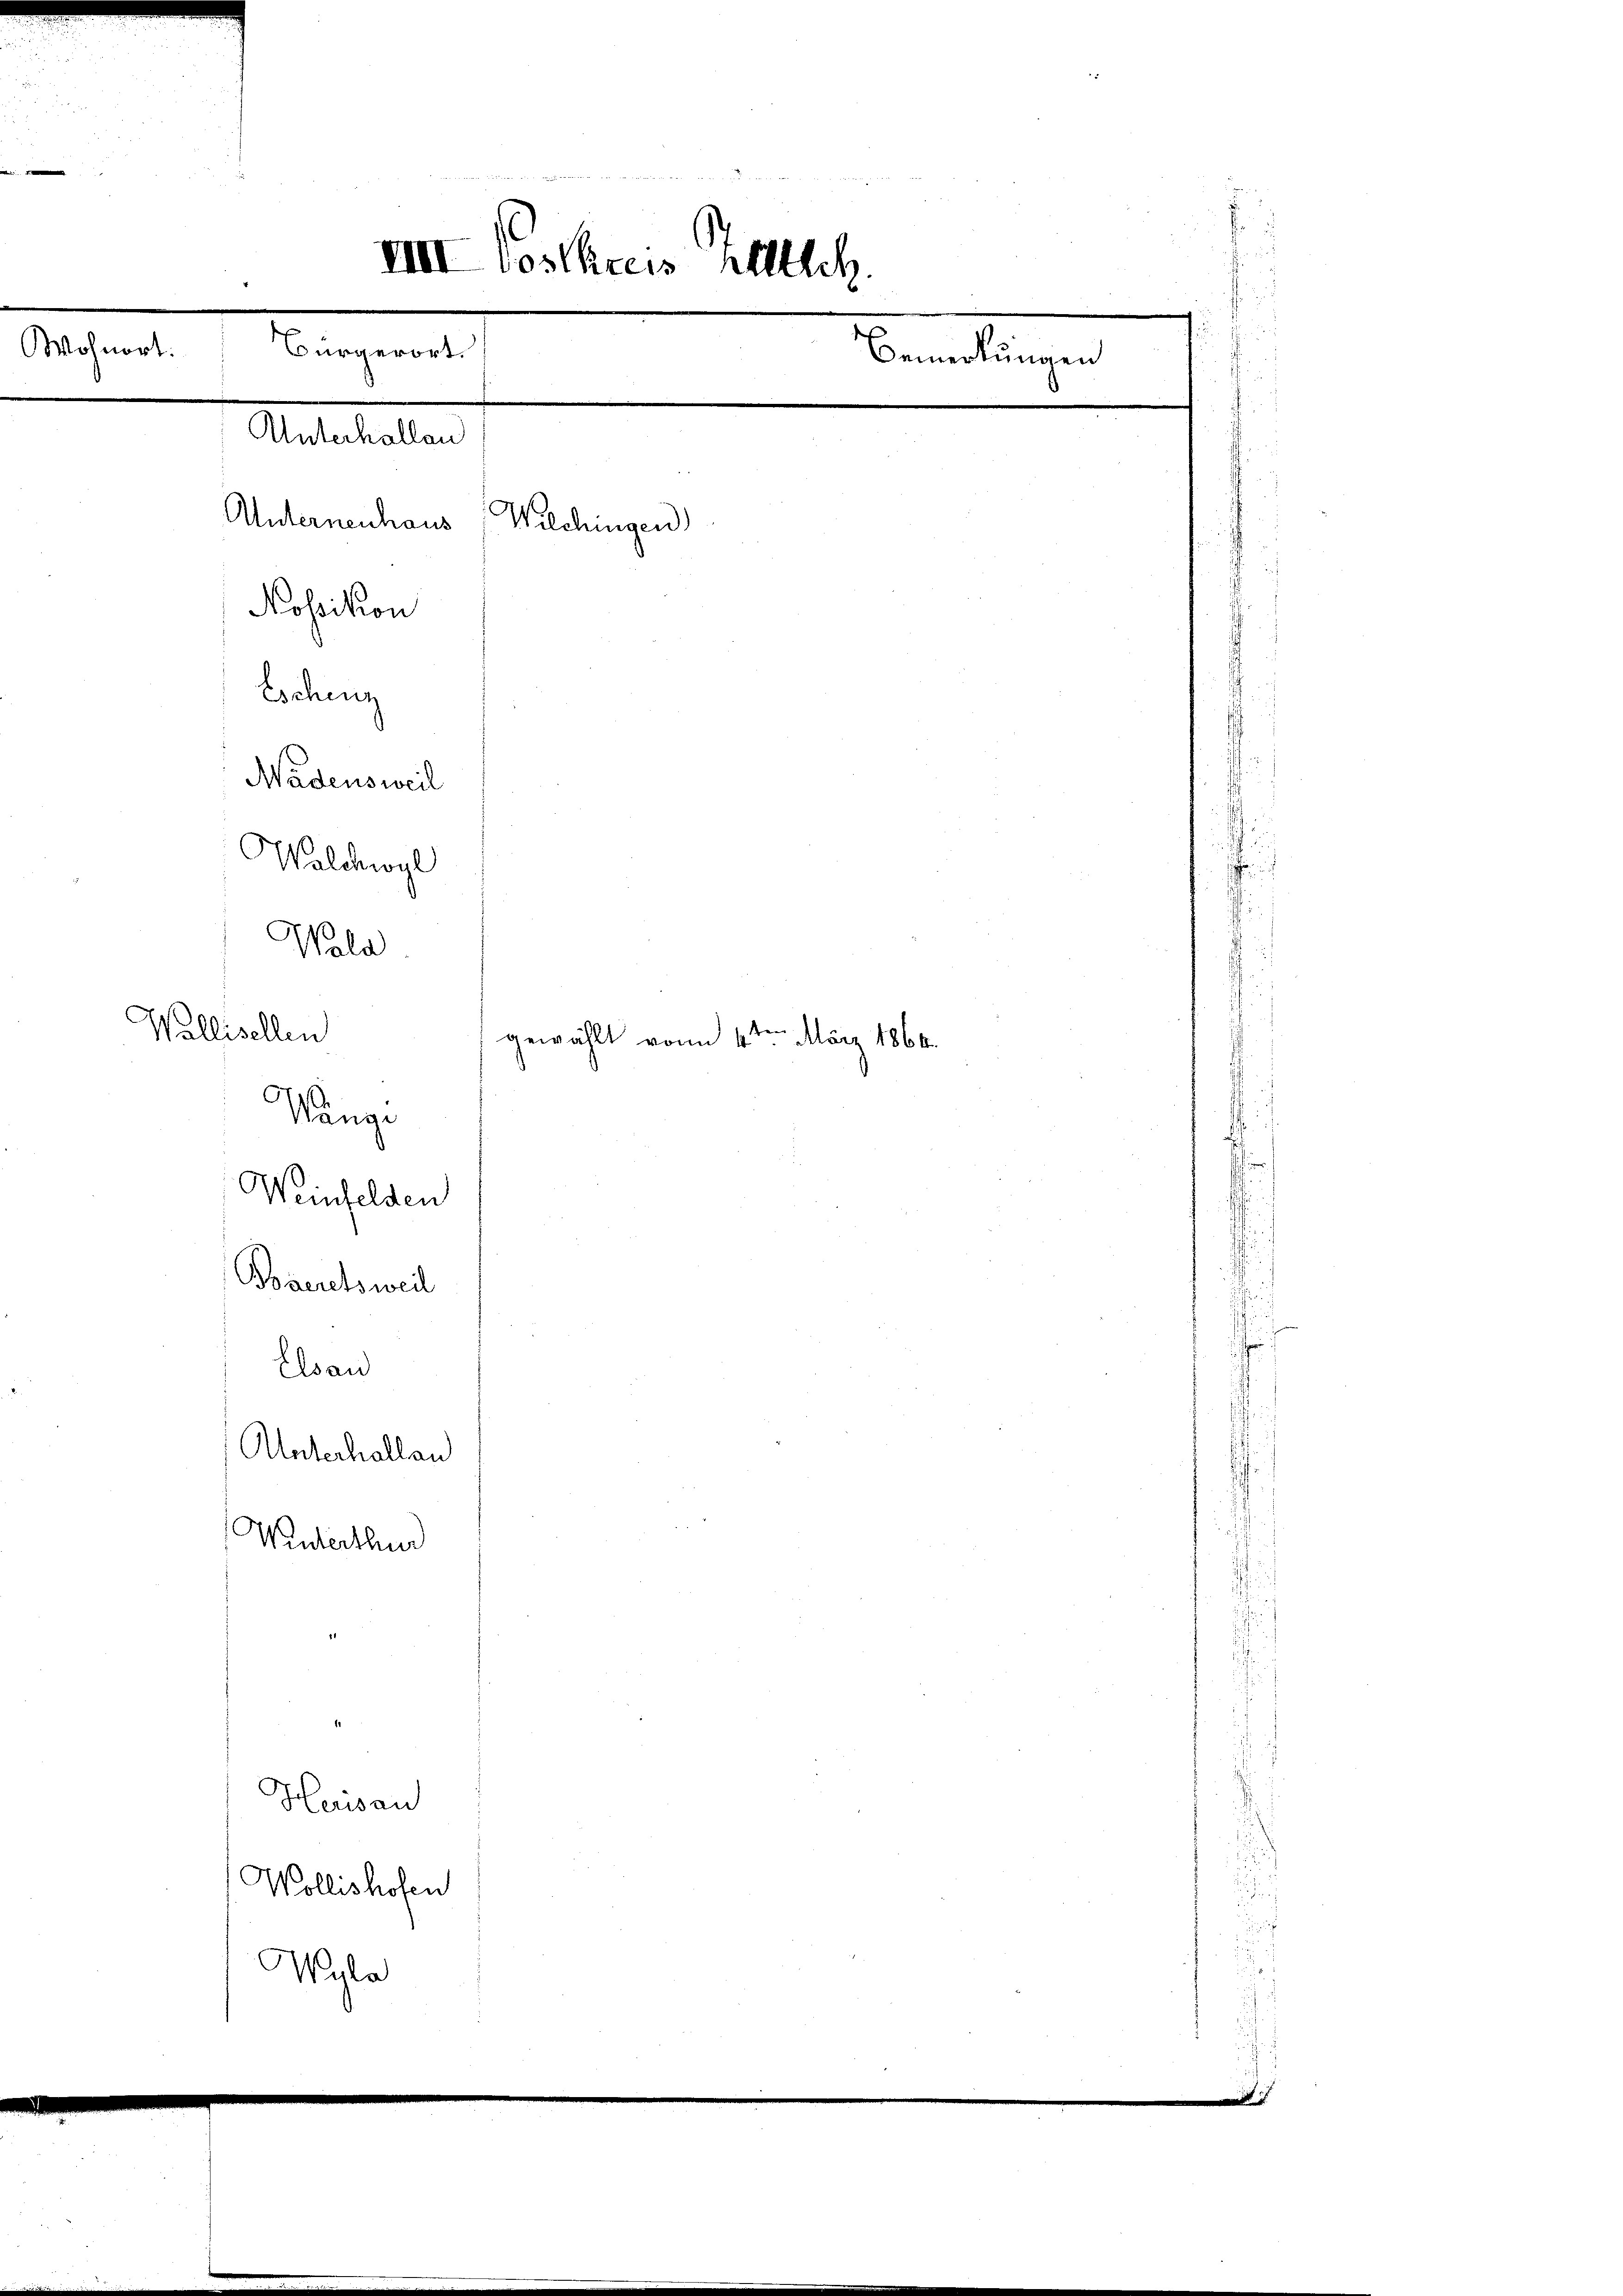
e

2 x
2
f

d
IIII Vostkreis Alleich
e
Wohnort:
Bürgerort.
Bemerkungen
Unternenhaus, Wilchingen)
Eschenz
Nädensweil
Walchwyl
Wald
Wallisellen
gewählt vom 4ten März 1866.
Wänge
Weinfelden

Nossikon

Unterhallen

Baeretsweil
Elsau
f
Heusan
Wollishofen
Wyla

Unterhallen
Winterthur

e

.

2